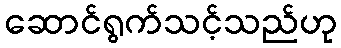
ဆောင်ရွက်သင့်သည်ဟု